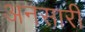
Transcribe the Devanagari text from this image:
अनसारी